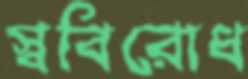
স্ববিরোধ